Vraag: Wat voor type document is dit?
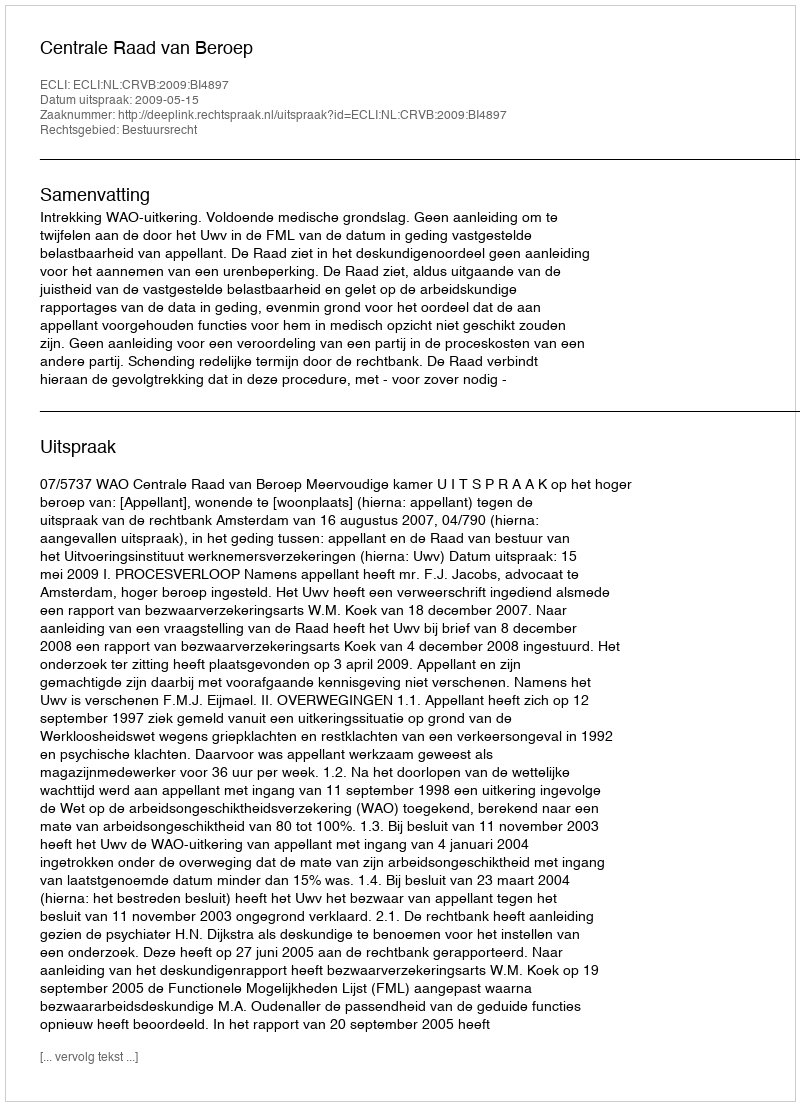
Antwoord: Uitspraak